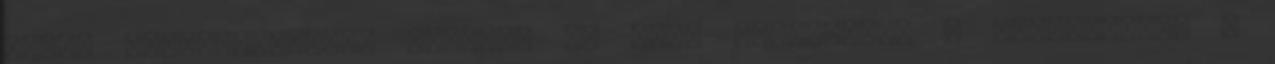
rákos megbetegedések aránya. Az erős tudatosság e korszakában a